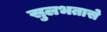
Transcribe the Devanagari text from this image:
सुलभतासे